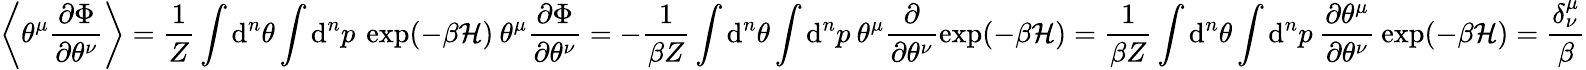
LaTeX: \left\langle\theta^{\mu}\frac{\partial\Phi}{\partial\theta^{\nu}}\right\rangle=\frac{1}{Z}\int\mathrm{d}^{n}\theta\int\mathrm{d}^{n}p\: \exp(-\beta\mathcal{H})\: \theta^{\mu}\frac{\partial\Phi}{\partial\theta^{\nu}}=-\frac{1}{\beta Z}\int\mathrm{d}^{n}\theta\int\mathrm{d}^{n}p\: \theta^{\mu}\frac{\partial}{\partial\theta^{\nu}}\exp(-\beta\mathcal{H})=\frac{1}{\beta Z}\int\mathrm{d}^{n}\theta\int\mathrm{d}^{n}p\: \frac{\partial\theta^{\mu}}{\partial\theta^{\nu}}\: \exp(-\beta\mathcal{H})=\frac{\delta_{\nu}^{\mu}}{\beta}